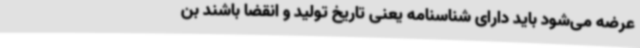
عرضه می‌شود باید دارای شناسنامه یعنی تاریخ تولید و انقضا باشند بن